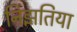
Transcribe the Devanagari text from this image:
निझतिया